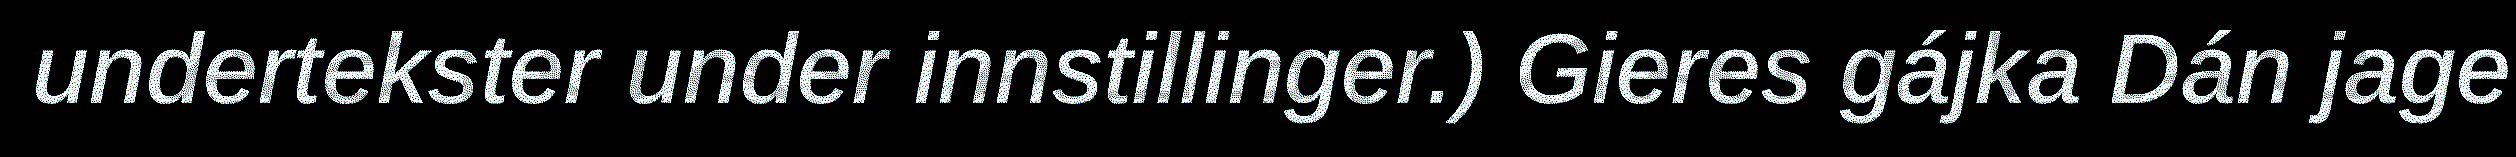
undertekster under innstillinger.) Gieres gájka Dán jage